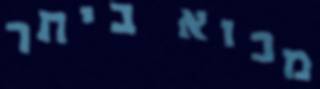
מבוא ביתר